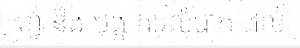
ហ្វ នឹង បង្ក ការលំបាក ដល់